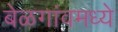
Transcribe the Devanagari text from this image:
बेळगांवमध्ये